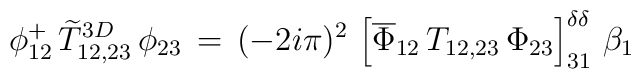
\phi_{12}^+\,\widetilde T^{3D}_{12,23}\,\phi_{23}\,=\,(-2i\pi)^2\,\left[\overline\Phi_{12}\,T_{12,23}\,\Phi_{23}\right]^{\delta\delta}_{31}\,\beta_1